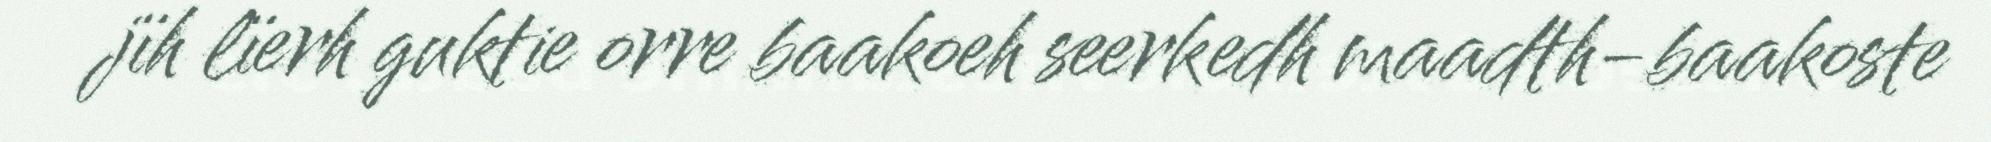
jïh lïerh guktie orre baakoeh seerkedh maadth-baakoste